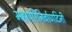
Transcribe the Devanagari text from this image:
महापरिनिर्वाणदिनी